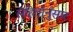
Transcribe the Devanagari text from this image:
संहितांनुसार